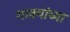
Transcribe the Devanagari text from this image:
शाक्यांच्या